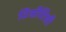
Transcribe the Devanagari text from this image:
टिसीटिसी